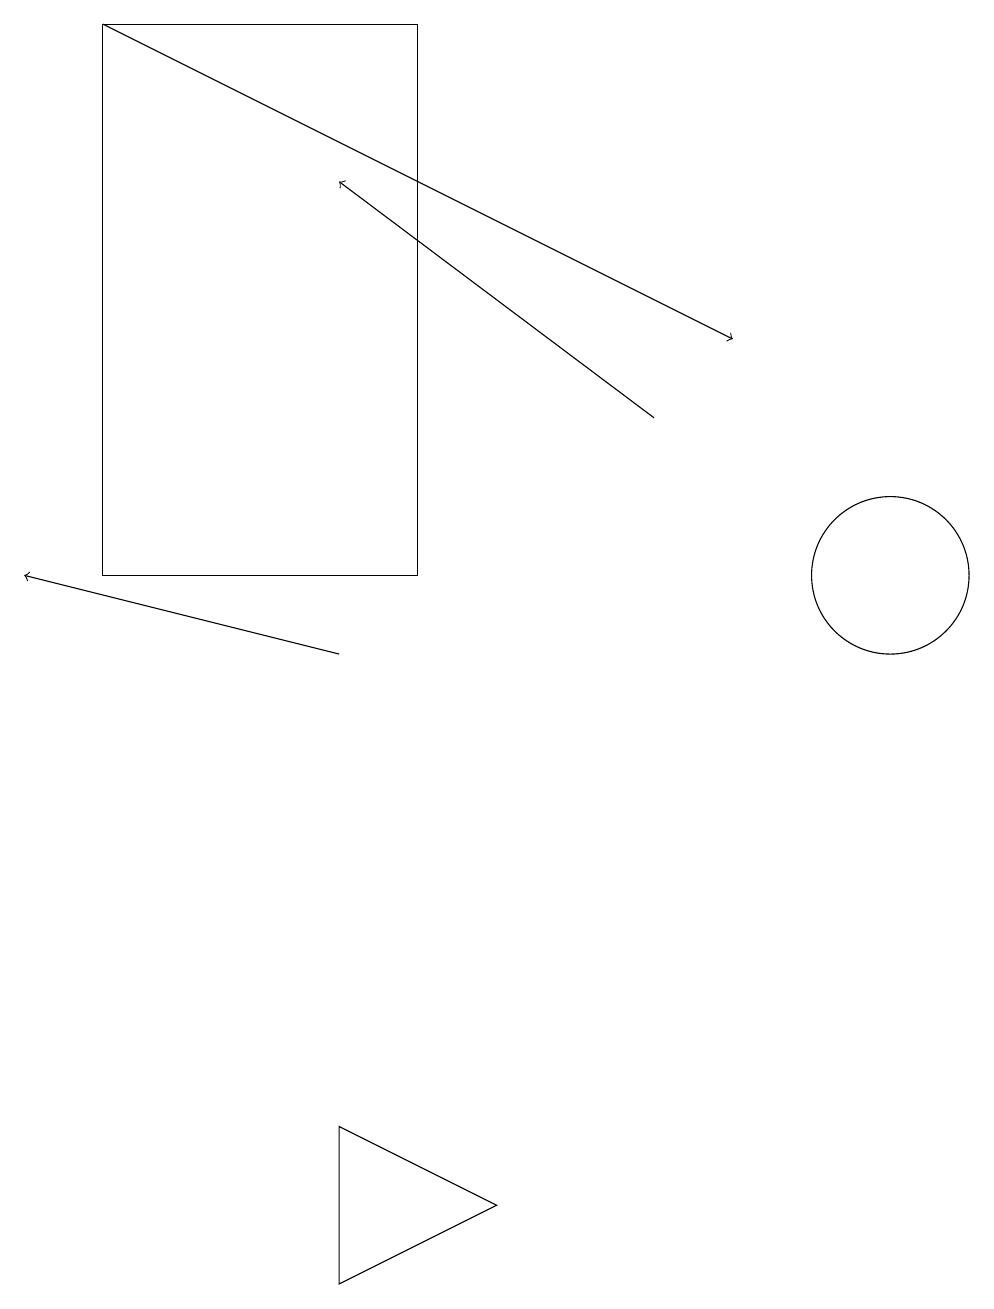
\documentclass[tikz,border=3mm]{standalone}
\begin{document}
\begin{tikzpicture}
\draw[->] (4,10) -- (0,11);
\draw (5,18) rectangle (1,11);
\draw[->] (8,13) -- (4,16);
\draw (4,4) -- (6,3) -- (4,2) -- cycle;
\draw[->] (1,18) -- (9,14);
\draw (11,11) circle (1);
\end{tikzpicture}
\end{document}